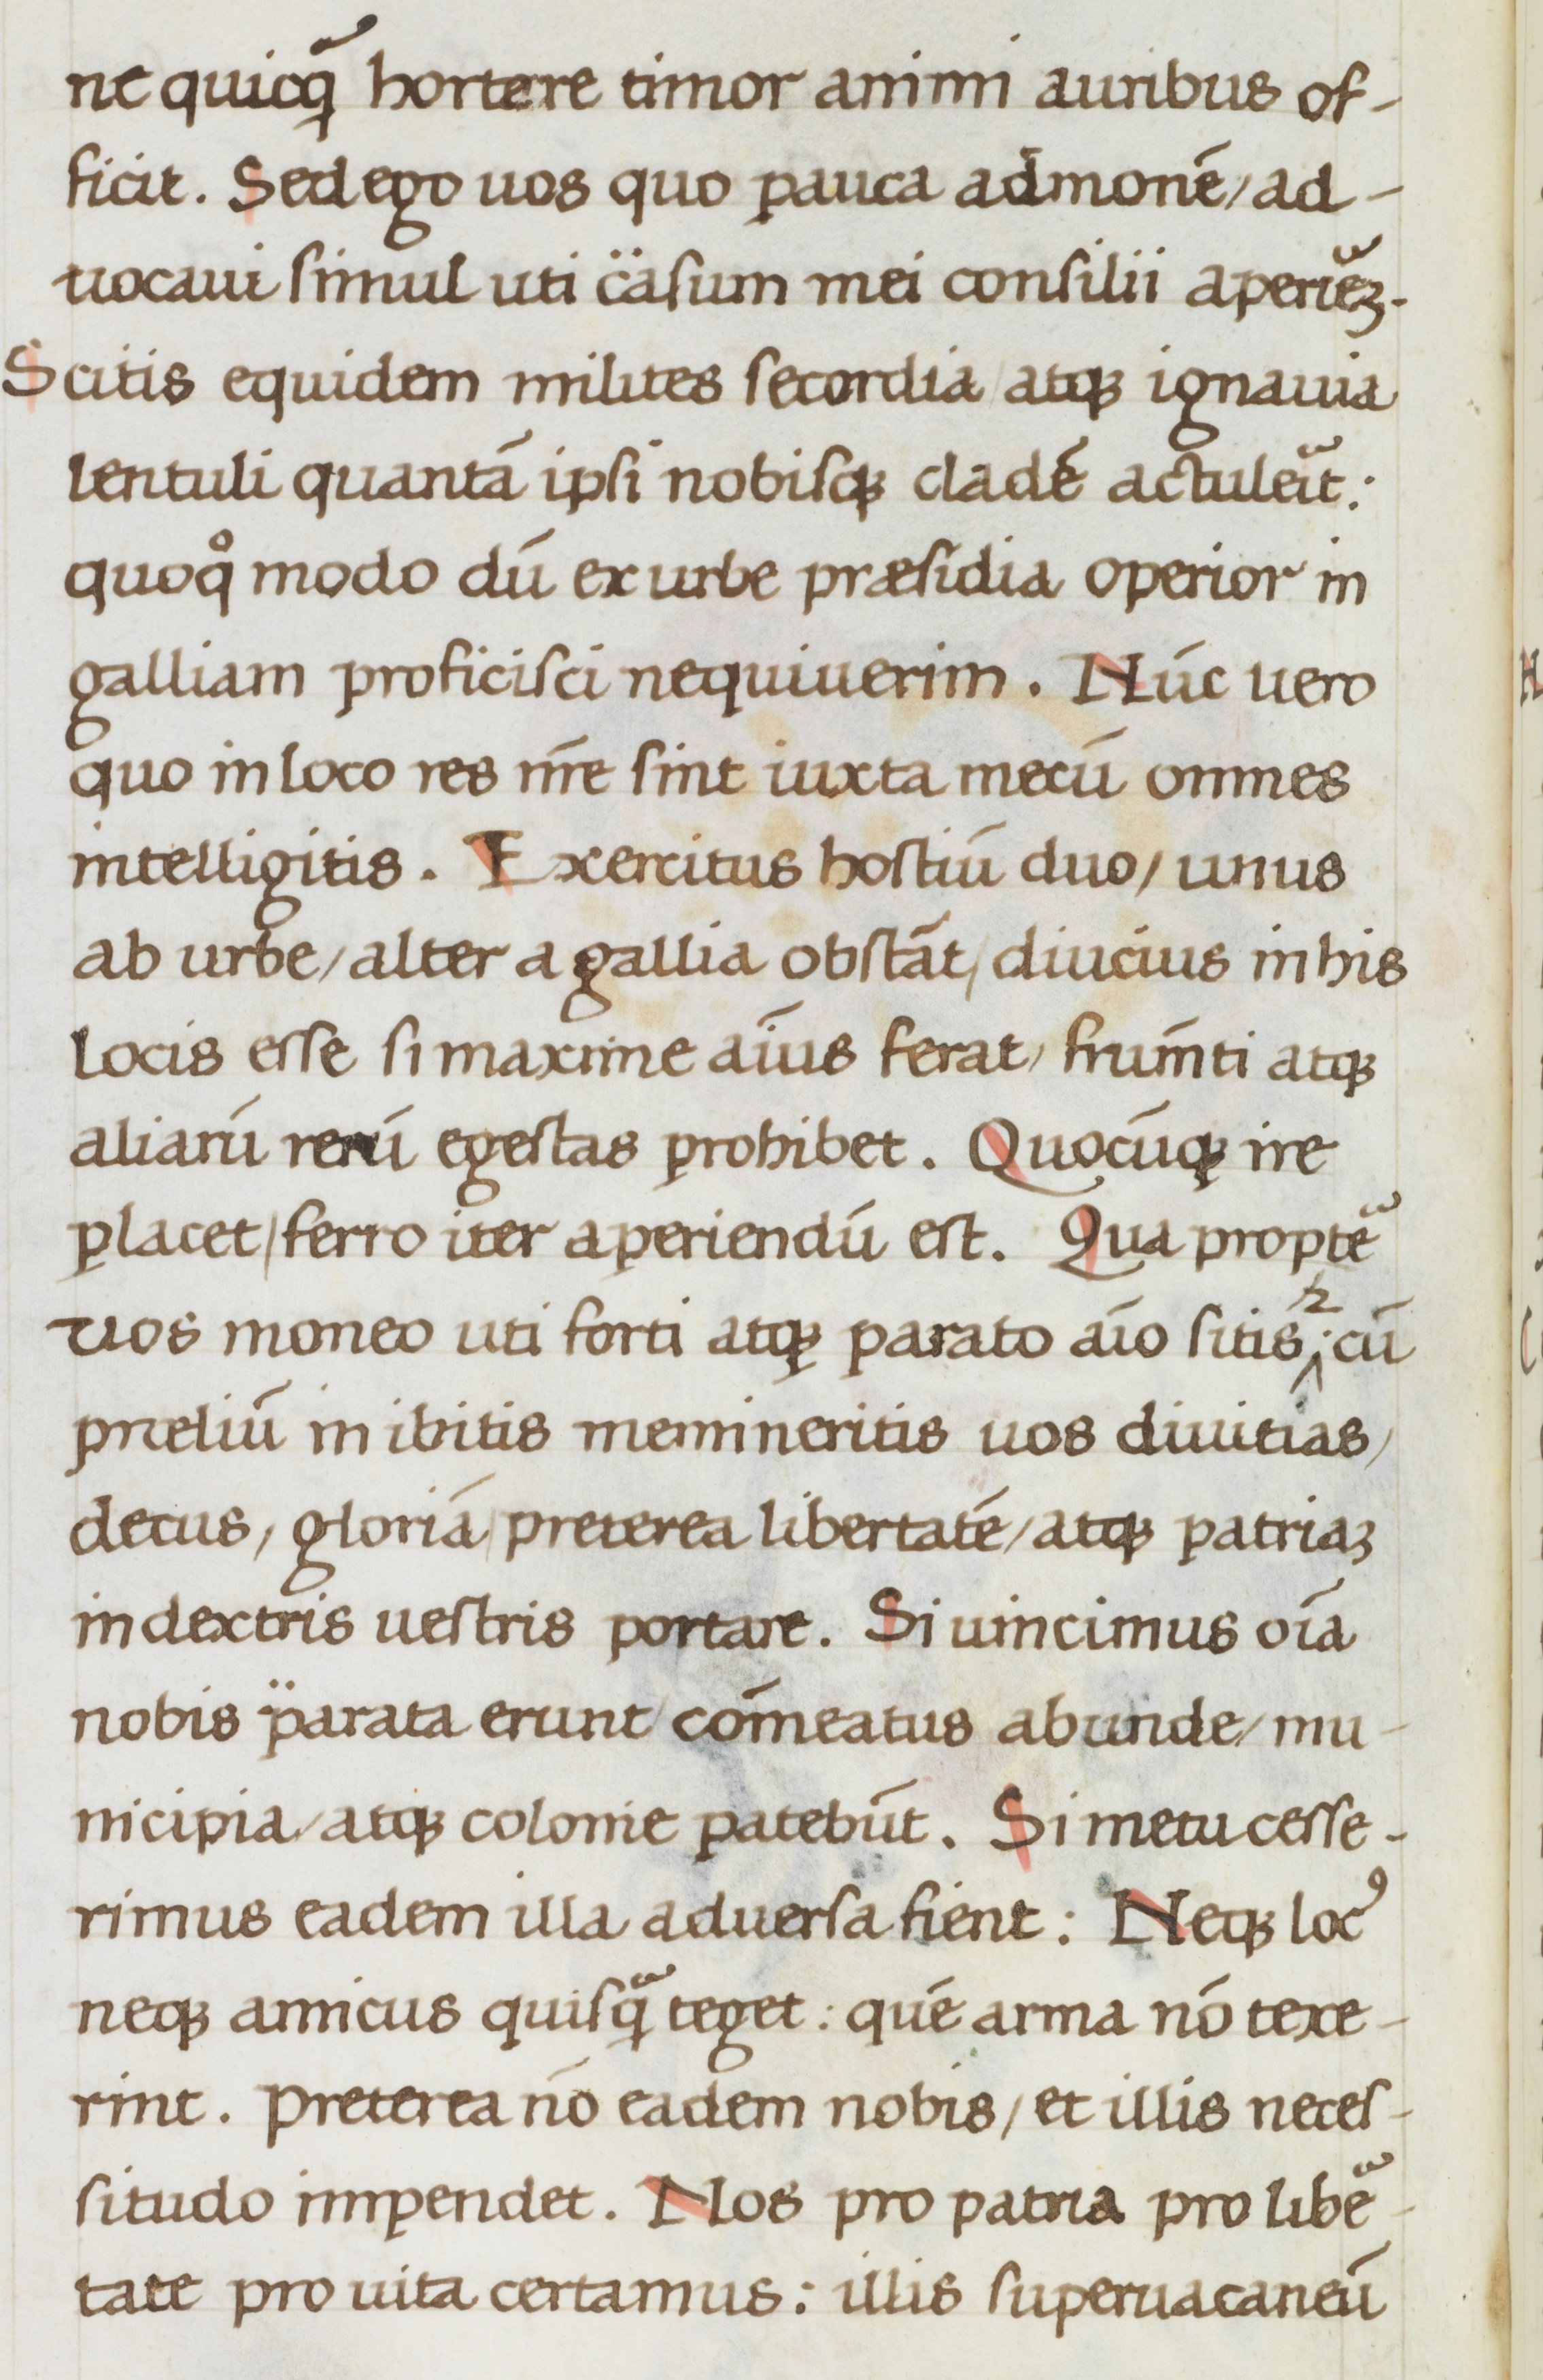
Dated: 1475–1499